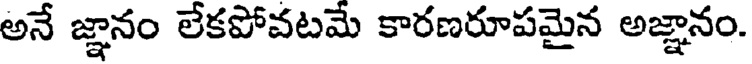
అనే జ్ఞానం లేకపోవటమే కారణరూపమైన అజ్ఞానం.